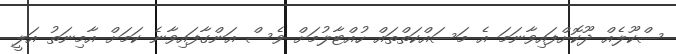
ސްކޫލެއް ދޫކޮށްފައިވާނަމަ އެ މަސައްކަތްތައް ހުއްޓާލުމަށް ވެސް އަންގާފައިވާނެ ކަމަށް އާމިނަތު އަލީ